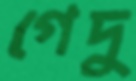
গেদু